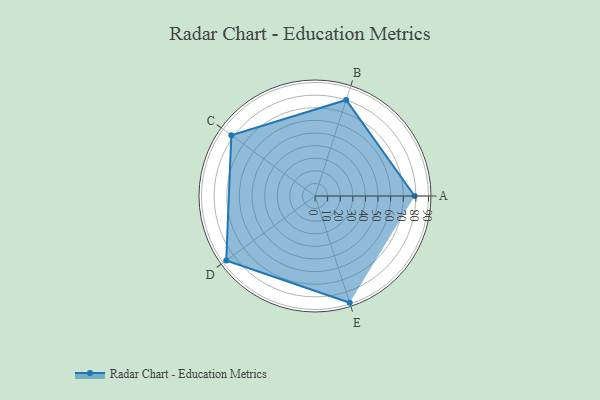
{"axis": {"x": "Skill", "y": "Score"}, "legend": ["Profile"], "data": [{"x": "A", "y": 79.0, "type": "Profile"}, {"x": "B", "y": 80.0, "type": "Profile"}, {"x": "C", "y": 82.0, "type": "Profile"}, {"x": "D", "y": 87.0, "type": "Profile"}, {"x": "E", "y": 89.0, "type": "Profile"}]}